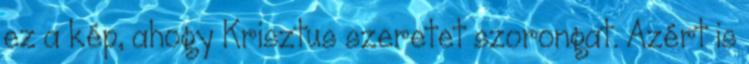
ez a kép, ahogy Krisztus szeretet szorongat. Azért is